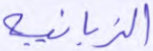
الزبانية